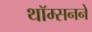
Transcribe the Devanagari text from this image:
थॉम्सनने